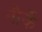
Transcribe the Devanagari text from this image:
नौर्के